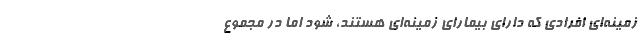
زمینه‌ای افرادی که دارای بیمارای زمینه‌ای هستند، شود اما در مجموع